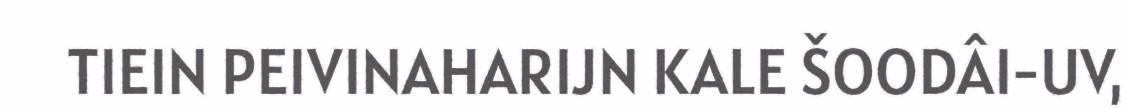
TIEIN PEIVINAHARIJN KALE ŠOODÂI-UV,